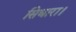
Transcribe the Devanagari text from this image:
सिधारा।